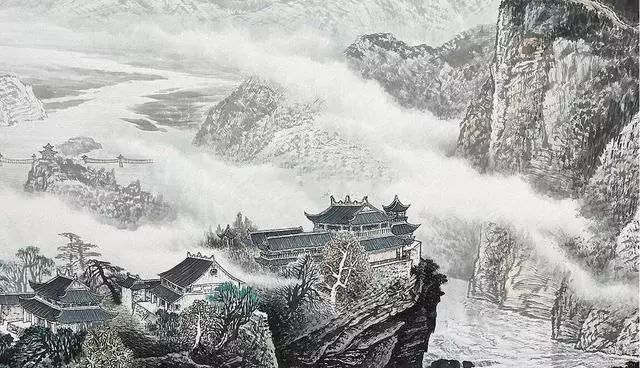
花近高楼伤客心，万方多难此登临。